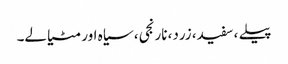
پیلے ، سفید، زرد، نارنجی، سیاہ اور مٹیالے۔